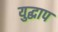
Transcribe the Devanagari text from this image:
युद्धाप